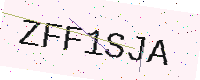
Text: ZFF1SJA